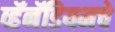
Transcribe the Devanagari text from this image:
व्हॅनॅडियमचे